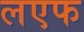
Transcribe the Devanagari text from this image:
लएफ